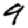
Digit: 9